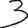
Digit: 3